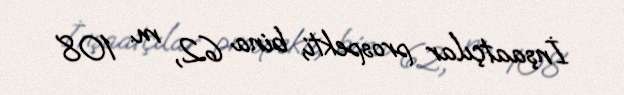
İnşaatçılar prospekti, bina 62, m. 108